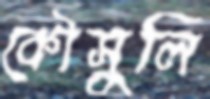
কৌসুলি